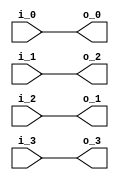
module premuat_4(
      
               i_0,
               i_1,
               i_2,
               i_3,
               
               o_0,
               o_1,
               o_2,
               o_3
);

// ********************************************
//                                             
//    INPUT / OUTPUT DECLARATION                                               
//                                                                             
// ********************************************

input  signed  [27:0]   i_0;
input  signed  [27:0]   i_1;
input  signed  [27:0]   i_2;
input  signed  [27:0]   i_3;

output  signed [27:0]   o_0;
output  signed [27:0]   o_1;
output  signed [27:0]   o_2;
output  signed [27:0]   o_3;

// ********************************************
//                                             
//    Combinational Logic                      
//                                             
// ********************************************
assign  o_0=i_0;
assign  o_1=i_2;
assign  o_2=i_1;
assign  o_3=i_3;

endmodule